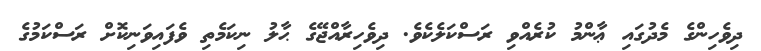
ދިވެހިންގެ މެދުގައި ޢާންމު ކުރެއްވި ރަސްކަލެކެވެ. ދިވެހިރާއްޖޭގެ ޙާލު ނިކަމެތި ވެފައިވަނިކޮށް ރަސްކަމުގެ